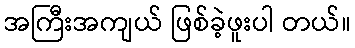
အကြီးအကျယ် ဖြစ်ခဲ့ဖူးပါ တယ်။